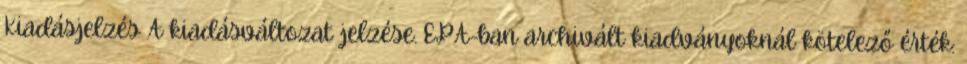
Kiadásjelzés A kiadásváltozat jelzése. EPA-ban archivált kiadványoknál kötelező érték: